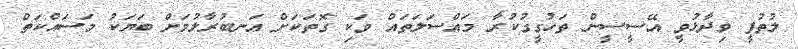
ލުތުފީ ވިދާޅުވީ އޭސީސީން ތަހުގީގުކުރާ މައްސަލަތައް ވަކި ގޮތަކަށް އަނބުރާލުމަށް ބަޔަކު މަސައްކަތް